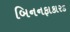
બિનનફાકારક